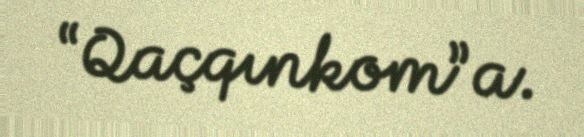
“Qaçqınkom”a.